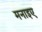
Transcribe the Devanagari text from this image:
मनाइए